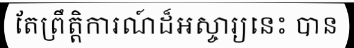
តែព្រឹត្តិការណ៍ដ៏អស្ចារ្យនេះ បាន